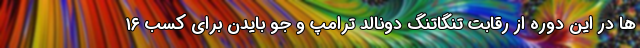
ها در این دوره از رقابت تنگاتنگ دونالد ترامپ و جو بایدن برای کسب ۱۶